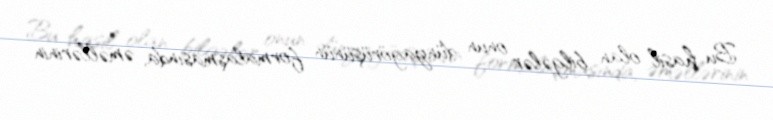
Bu hasil olan bilgələr onun dünyagörüşünün formalaşmasında, əməllərinin